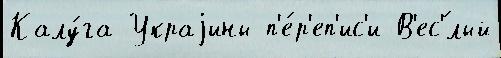
Калу́га Украjины п'е́р'еп'ис'и В'ес'́лый